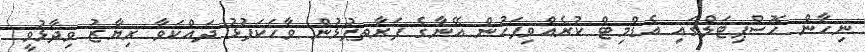
ނިހާން ހޮސްޕިޓަލްގައި އެޑްމިޓް ކުރެއްވިފަހުން އޭނާގެ ފަރާތޕުޅުން ވާހަކަފުޅު ދައްކަވާ ރިޔާޒު ވިދާޅުވީ